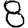
Digit: 8